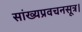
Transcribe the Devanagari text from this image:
सांख्यप्रवचनसूत्र।